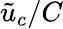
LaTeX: \tilde{u}_{c}/C